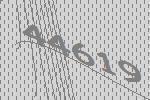
44619